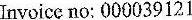
INVOICE NO: 000039121